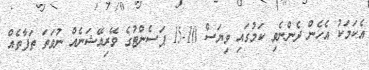
އެކަމަކު އެހެން ދެންނެވި ކަމުގައި ވިޔަސް 10-15 ޕަސެންޓުގެ ވޭރިއޭޝަނެއް ނުވަތަ ތަފާތެއް